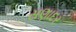
સણાદર